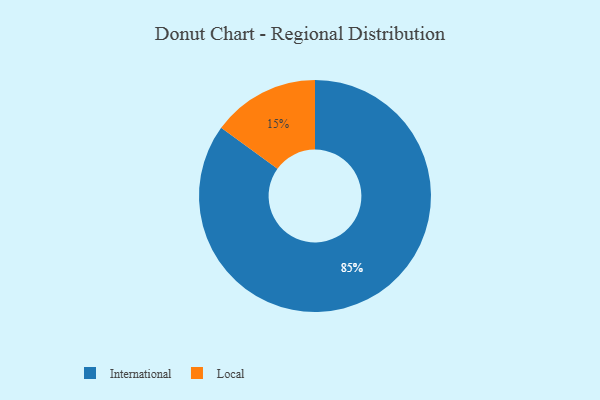
{"axis": {"x": "Category", "y": "Percentage"}, "legend": ["International", "Local"], "data": [{"x": "Local", "y": 15, "type": "Local"}, {"x": "International", "y": 85, "type": "International"}]}